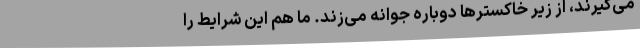
می‌گیرند، از زیر خاکسترها دوباره جوانه می‌زند. ما هم این شرایط را